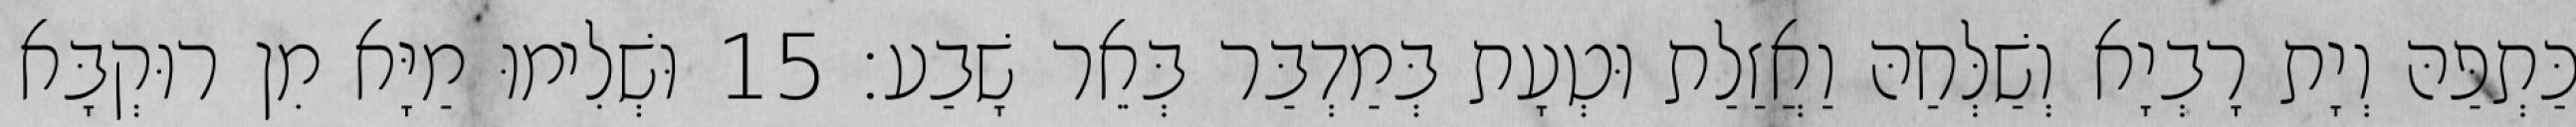
כַּתְפַּהּ וְיָת רָבְיָא וְשַׁלְּחַהּ וַאֲזַלַת וּטְעָת בְּמַדְבַּר בְּאֵר שָׁבַע׃ 15 וּשְׁלִימוּ מַיָּא מִן רוּקְבָּא